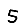
Digit: 5